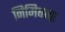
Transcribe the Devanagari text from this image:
निमिषाचा